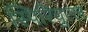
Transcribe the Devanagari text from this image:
स्पिरिचुएल